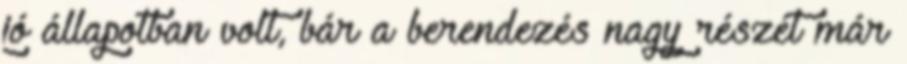
jó állapotban volt, bár a berendezés nagy részét már